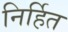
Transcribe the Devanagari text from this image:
निर्हित